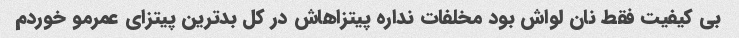
بی کیفیت فقط نان لواش بود مخلفات نداره پیتزاهاش در کل بدترین پیتزای عمرمو خوردم